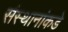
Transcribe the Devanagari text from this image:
संस्थानांकडे